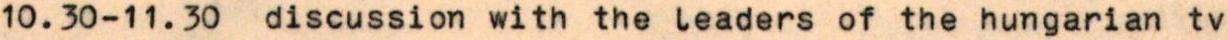
10.30-11.30  discussion with the leaders of the hungarian tv